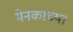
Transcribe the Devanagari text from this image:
मेनकाच्या